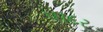
પાદર